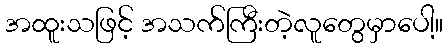
အထူးသဖြင့် အသက်ကြီးတဲ့လူတွေမှာပေါ့။